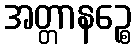
အတ္တာနဉ္စေ